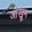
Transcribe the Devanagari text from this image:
आंखून